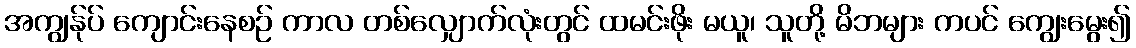
အကျွန်ုပ် ကျောင်းနေစဉ် ကာလ တစ်လျှောက်လုံးတွင် ထမင်းဖိုး မယူ၊ သူတို့ မိဘများ ကပင် ကျွေးမွေး၍